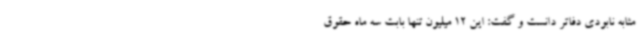
مثابه نابودی دفاتر دانست و گفت: این 12 میلیون تنها بابت سه ماه حقوق